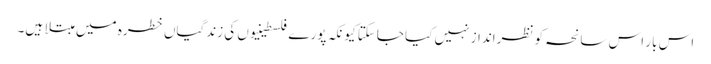
اس بار اس سانحہ کو نظرانداز نہیں کیا جاسکتا کیونکہ پورے فلسطینیوں کی زندگیاں خطرہ میں مبتلا ہیں۔